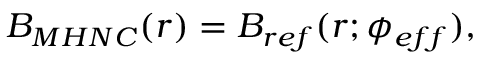
B _ { M H N C } ( r ) = B _ { r e f } ( r ; \phi _ { e f f } ) ,